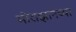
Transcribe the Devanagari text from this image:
मोराझानच्या